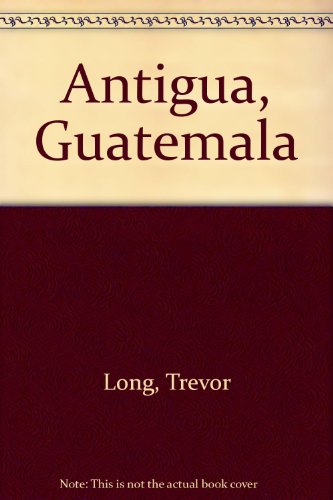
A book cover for Antigua, Guatemala; Trevor Long; Travel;